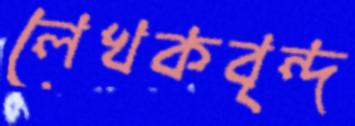
লেখকবৃন্দ